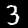
Digit: 3